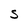
Character: S